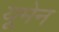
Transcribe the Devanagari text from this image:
यूमेन